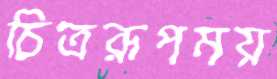
চিত্ররূপময়